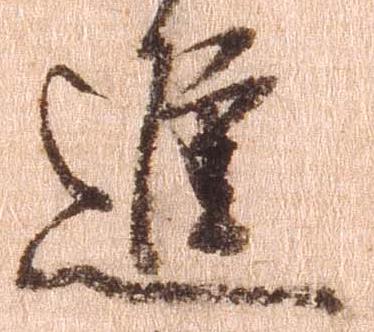
進